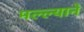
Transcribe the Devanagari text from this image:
मल्ल्याने